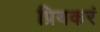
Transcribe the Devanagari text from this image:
प्रियकरं